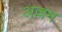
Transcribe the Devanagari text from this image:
अल्लम